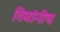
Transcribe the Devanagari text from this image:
तिघांनीच